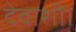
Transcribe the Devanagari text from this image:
देवाशी।